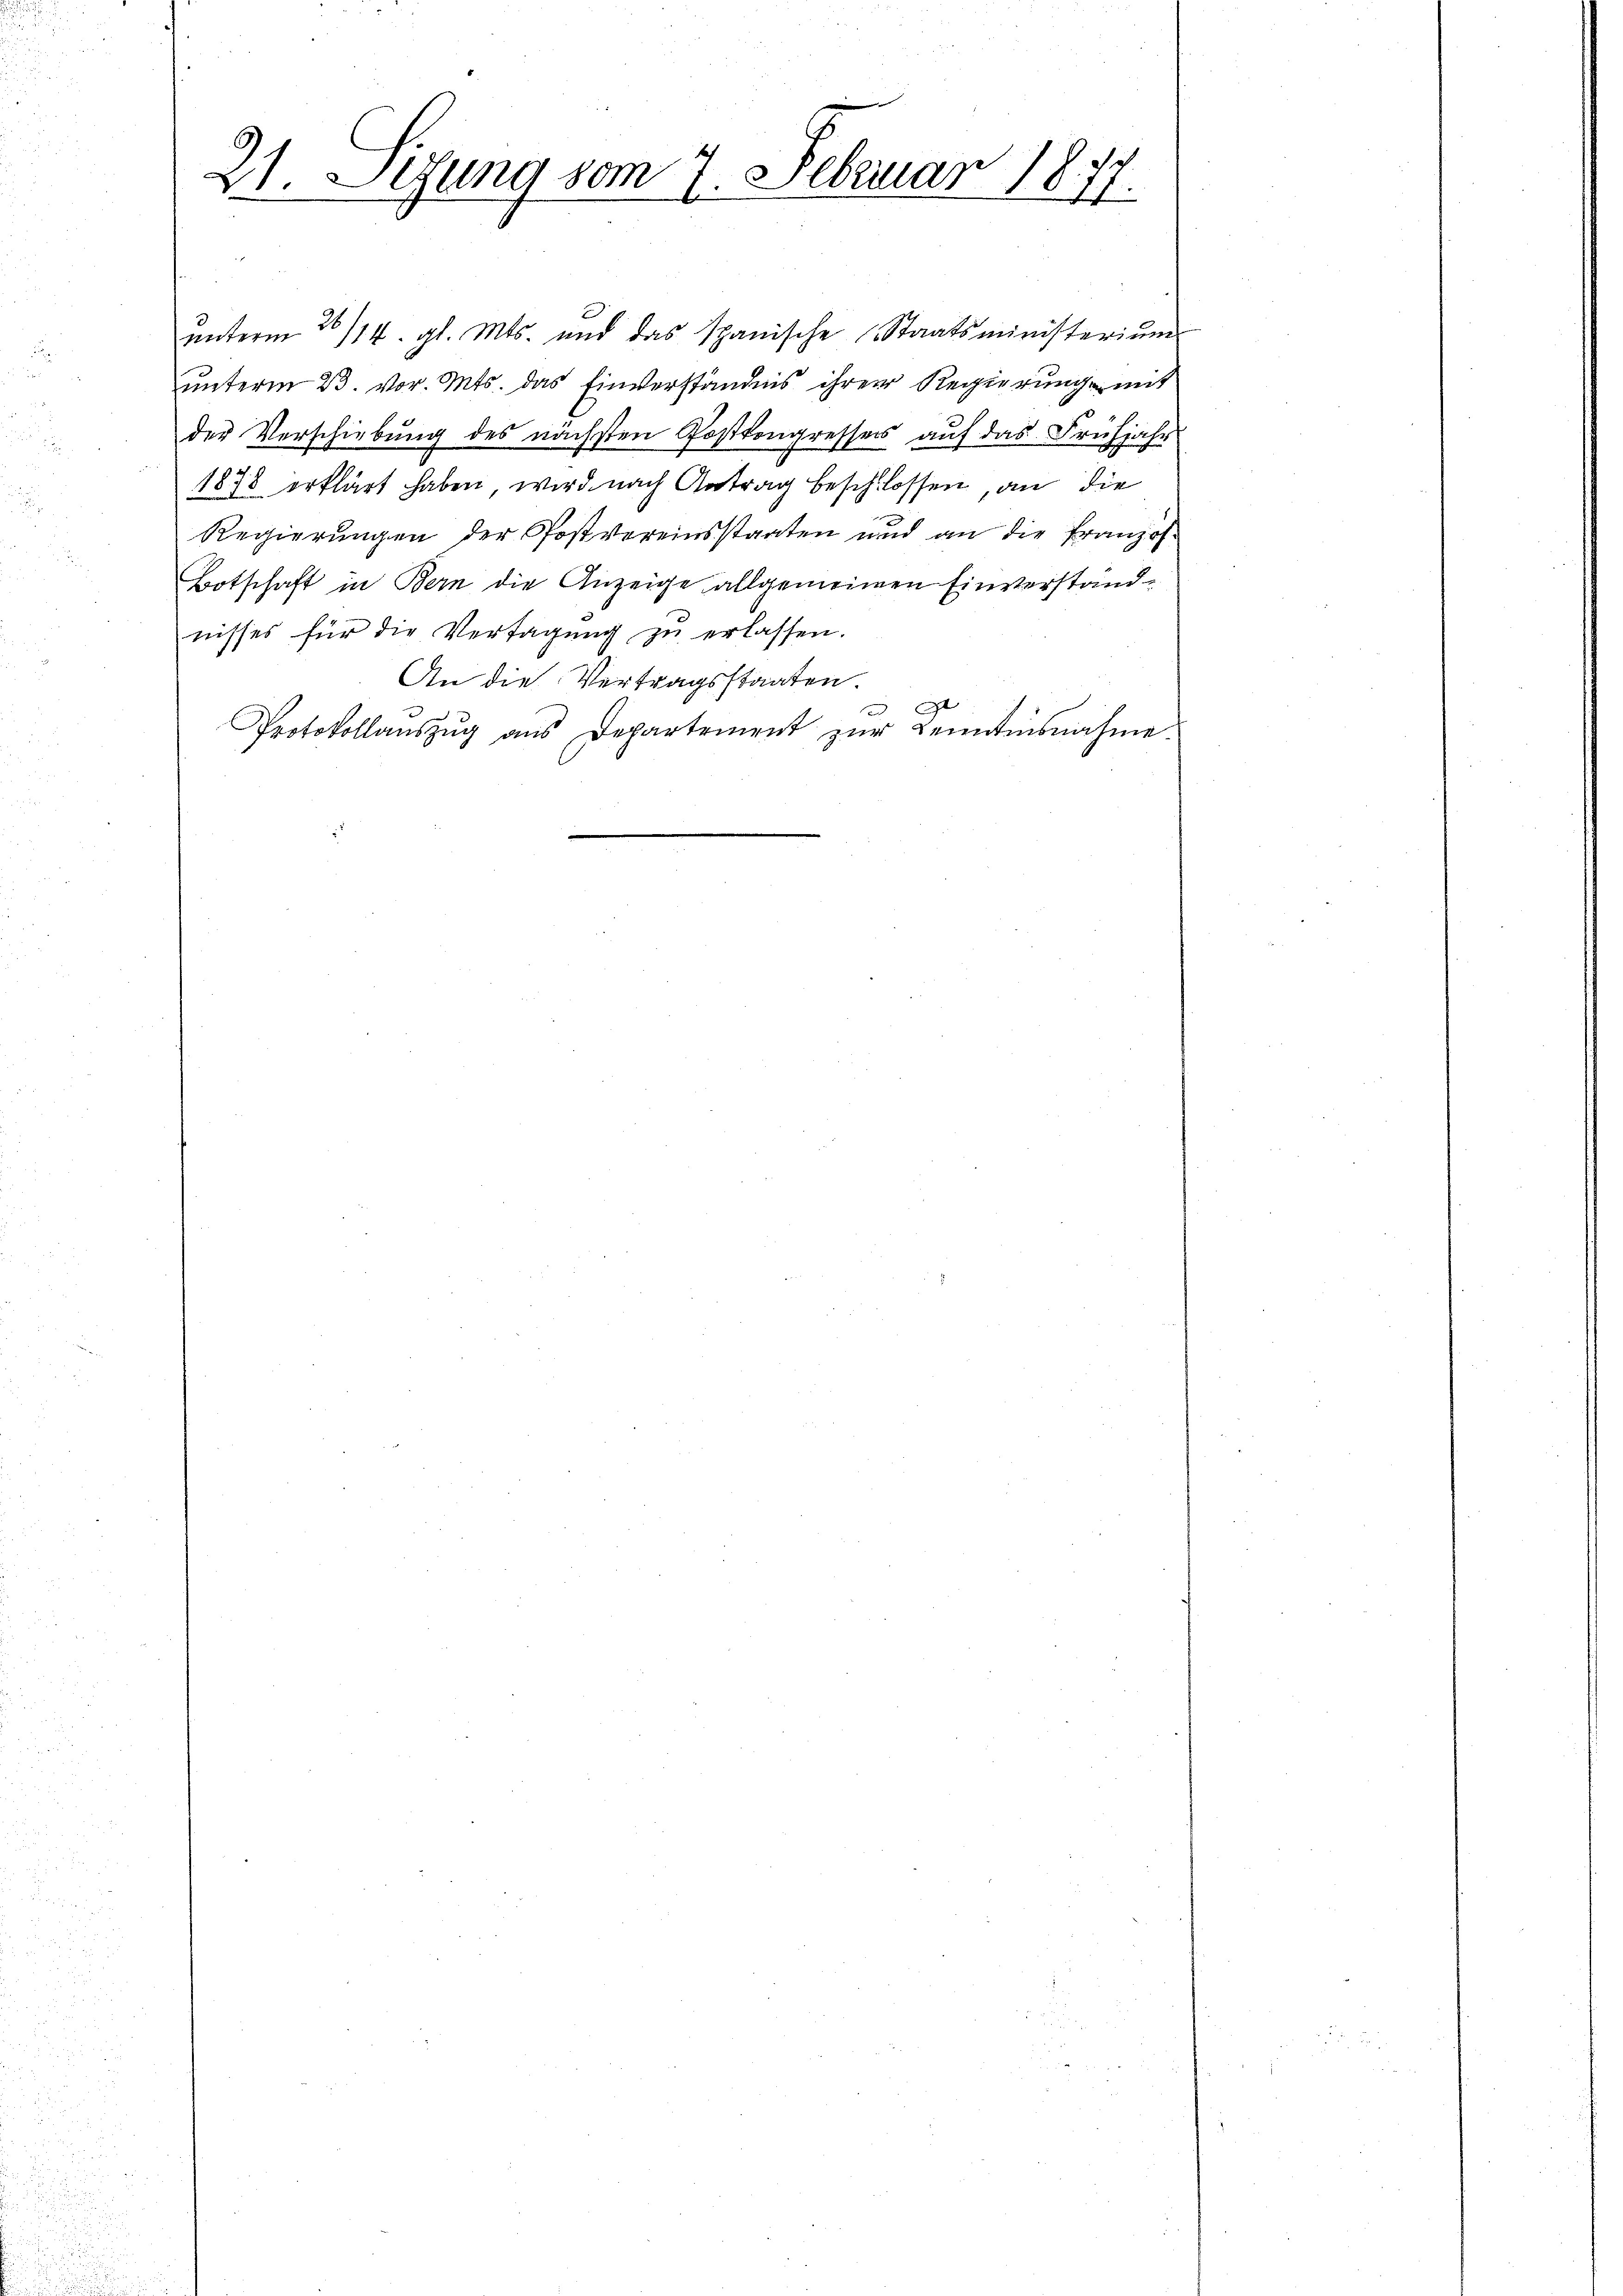
21. Sizung vom 7. Februar 1877.

ŭnterm 30/14. gl. Mts. und das Spanische (Staatsministeriŭm
unterm 23. vor. Mts. das Einverständnis ihrer Regierung mit
der Verschiebung des nächsten Postkongressers auf das Frühjahr
1878 erklärt haben wird nach Antrag beschlossen, an die
Regierŭngen der Postvereinsstaaten und an die franzos-
Botschaft in Bern die Anzeige allgemeinen Einverstandnisses für die Vertagung zŭ erlassen.
An die Vertragsstaaten.
t
Protokollaŭszŭg aŭs Departement zŭr Kenntnisnahme.